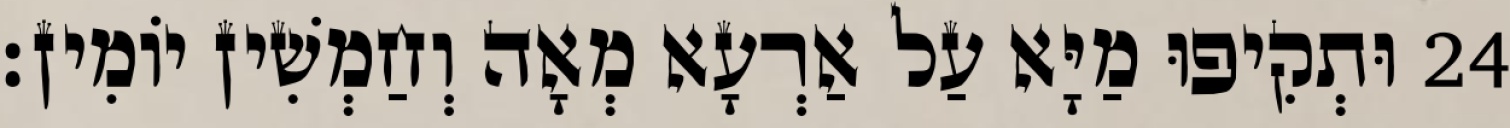
24 וּתְקִיפוּ מַיָּא עַל אַרְעָא מְאָה וְחַמְשִׁין יוֹמִין׃